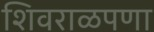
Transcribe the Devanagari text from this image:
शिवराळपणा